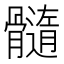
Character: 髓